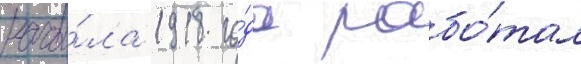
нача́ла 1918 го́да рабо́тал